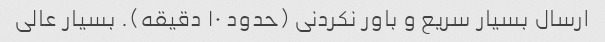
ارسال بسیار سریع و باور نکردنی (حدود ۱۰ دقیقه). بسیار عالی